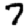
Digit: 7